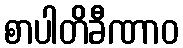
စာပါတိခီဏာဝ